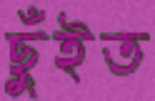
ছুঁইত